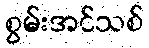
စွမ်းအင်သစ်